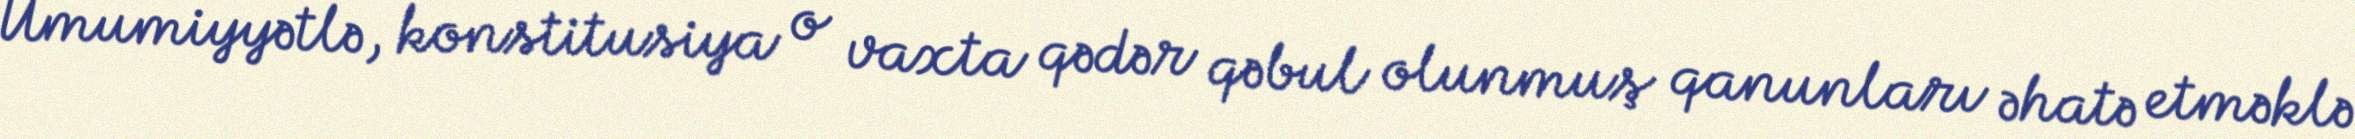
Ümumiyyətlə, konstitusiya o vaxta qədər qəbul olunmuş qanunları əhatə etməklə